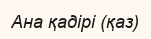
Ана қадірі (қаз)